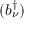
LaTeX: ( b _ { \nu } ^ { \dagger } )